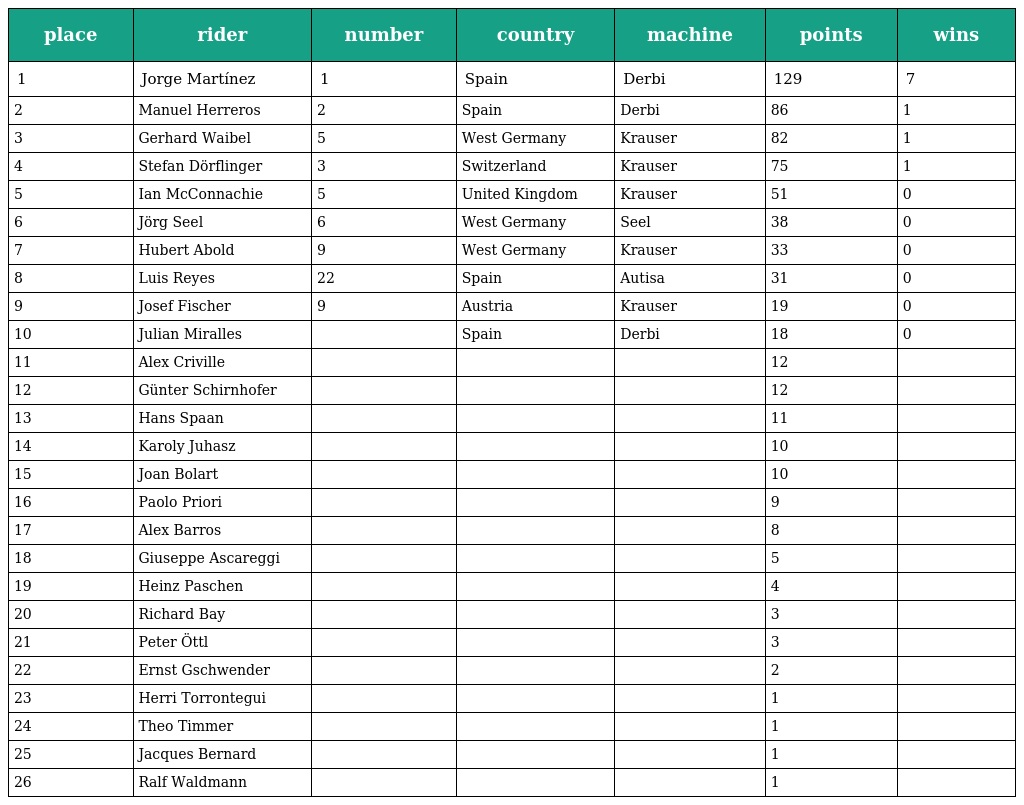
| place | rider | number | country | machine | points | wins |
 | --- | --- | --- | --- | --- | --- | --- |
 | 1 | Jorge Martínez | 1 | Spain | Derbi | 129 | 7 |
 | 2 | Manuel Herreros | 2 | Spain | Derbi | 86 | 1 |
 | 3 | Gerhard Waibel | 5 | West Germany | Krauser | 82 | 1 |
 | 4 | Stefan Dörflinger | 3 | Switzerland | Krauser | 75 | 1 |
 | 5 | Ian McConnachie | 5 | United Kingdom | Krauser | 51 | 0 |
 | 6 | Jörg Seel | 6 | West Germany | Seel | 38 | 0 |
 | 7 | Hubert Abold | 9 | West Germany | Krauser | 33 | 0 |
 | 8 | Luis Reyes | 22 | Spain | Autisa | 31 | 0 |
 | 9 | Josef Fischer | 9 | Austria | Krauser | 19 | 0 |
 | 10 | Julian Miralles |  | Spain | Derbi | 18 | 0 |
 | 11 | Alex Criville |  |  |  | 12 |  |
 | 12 | Günter Schirnhofer |  |  |  | 12 |  |
 | 13 | Hans Spaan |  |  |  | 11 |  |
 | 14 | Karoly Juhasz |  |  |  | 10 |  |
 | 15 | Joan Bolart |  |  |  | 10 |  |
 | 16 | Paolo Priori |  |  |  | 9 |  |
 | 17 | Alex Barros |  |  |  | 8 |  |
 | 18 | Giuseppe Ascareggi |  |  |  | 5 |  |
 | 19 | Heinz Paschen |  |  |  | 4 |  |
 | 20 | Richard Bay |  |  |  | 3 |  |
 | 21 | Peter Öttl |  |  |  | 3 |  |
 | 22 | Ernst Gschwender |  |  |  | 2 |  |
 | 23 | Herri Torrontegui |  |  |  | 1 |  |
 | 24 | Theo Timmer |  |  |  | 1 |  |
 | 25 | Jacques Bernard |  |  |  | 1 |  |
 | 26 | Ralf Waldmann |  |  |  | 1 |  |